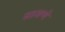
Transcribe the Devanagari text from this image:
साशणे